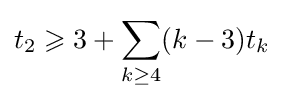
\displaystyle t_{2}\geqslant 3+\sum _{k\geq 4}(k-3)t_{k}